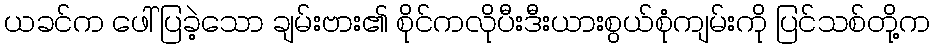
ယခင်က ဖေါ်ပြခဲ့သော ချမ်းဗား၏ စိုင်ကလိုပီးဒီးယားစွယ်စုံကျမ်းကို ပြင်သစ်တို့က